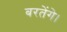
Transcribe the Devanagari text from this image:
बरतेंगे।